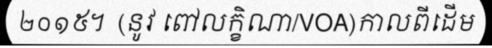
២០១៥។  (នូវ ពៅលក្ខិណា/VOA)កាលពីដើម